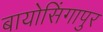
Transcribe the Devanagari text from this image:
बायोसिंगापुर